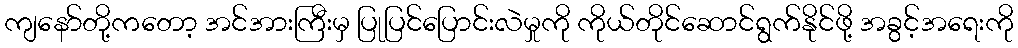
ကျနော်တို့ကတော့ အင်အားကြီးမှ ပြုပြင်ပြောင်းလဲမှုကို ကိုယ်တိုင်ဆောင်ရွက်နိုင်ဖို့ အခွင့်အရေးကို